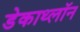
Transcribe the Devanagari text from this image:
डेकाथ्लॉन